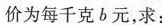
价为每千克b元，求：